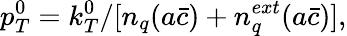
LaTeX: p_{T}^{0}=k_{T}^{0}/[n_{q}(a\bar{c})+n_{q}^{ext}(a\bar{c})],